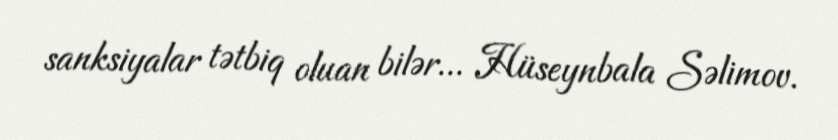
sanksiyalar tətbiq oluan bilər... Hüseynbala Səlimov.